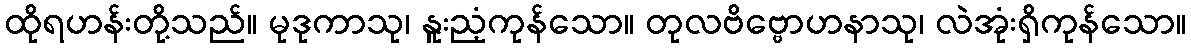
ထိုရဟန်းတို့သည်။ မုဒုကာသု၊ နူးညံ့ကုန်သော။ တုလဗိဗ္ဗောဟနာသု၊ လဲအုံးရှိကုန်သော။